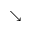
\searrow